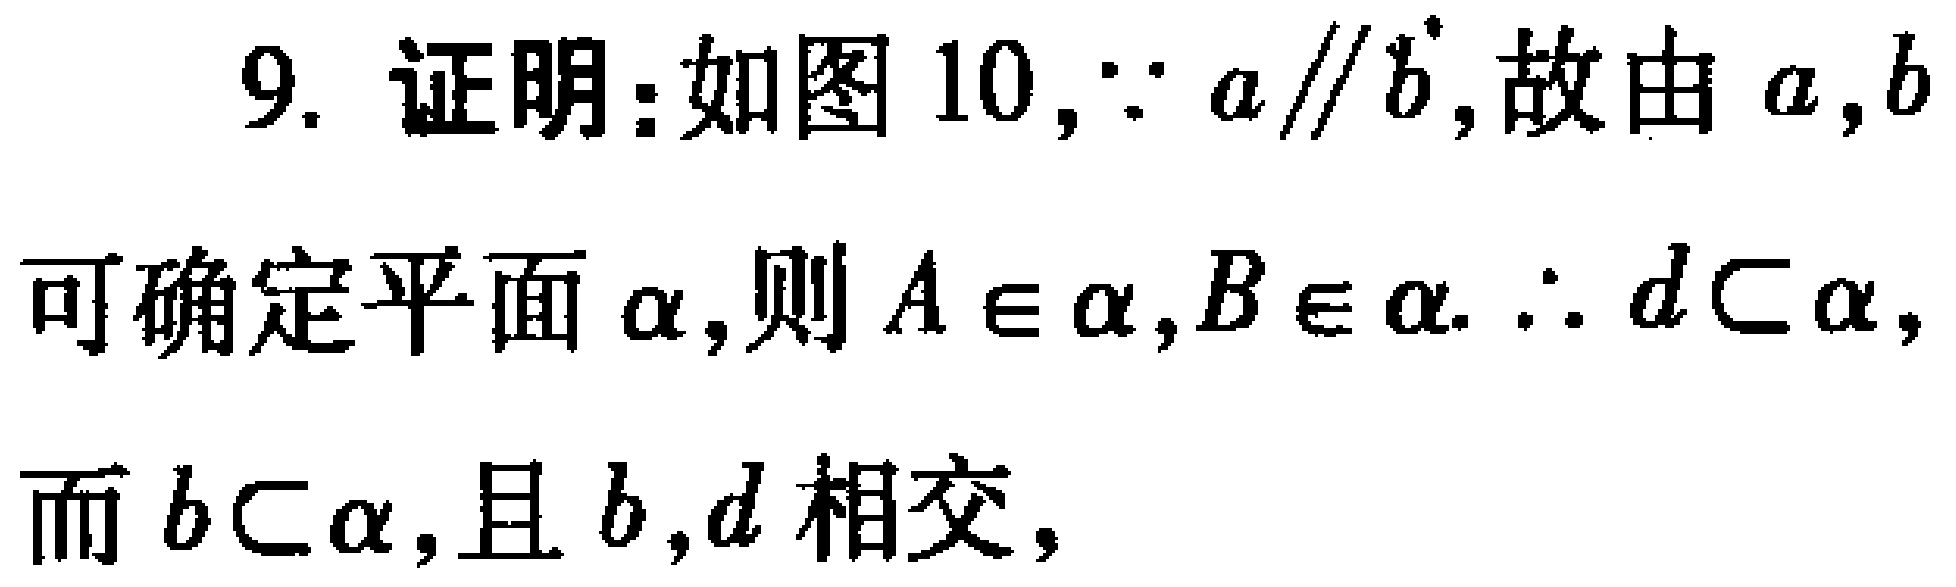
9. 证明：如图 10，$\because a\parallel b$，故由 $a,b$ 可确定平面 $\alpha$，则 $A\in\alpha,B\in\alpha.$ $\therefore d\subset\alpha$，而 $b\subset\alpha$，且 $b,d$ 相交，